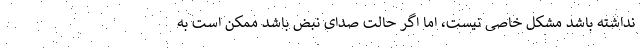
نداشته باشد مشکل خاصی نیست، اما اگر حالت صدای نبض باشد ممکن است به